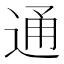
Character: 通